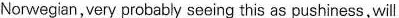
Norwegian,veryprobably seeing this as pushirness,will